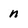
Character: n